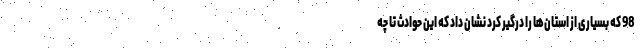
98 که بسیاری از استان‌ها را درگیر کرد نشان داد که این حوادث تا چه